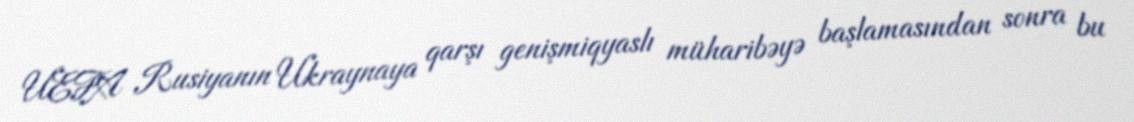
UEFA Rusiyanın Ukraynaya qarşı genişmiqyaslı müharibəyə başlamasından sonra bu